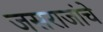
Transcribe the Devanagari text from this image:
जसराजांचे